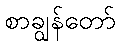
စာချွန်တော်